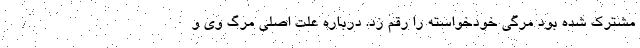
مشترک شده بود مرگی خودخواسته را رقم زد. درباره علت اصلی مرگ وی و